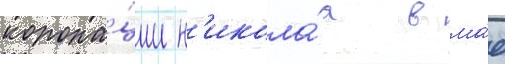
корона́ции н'икола́я в ма́е